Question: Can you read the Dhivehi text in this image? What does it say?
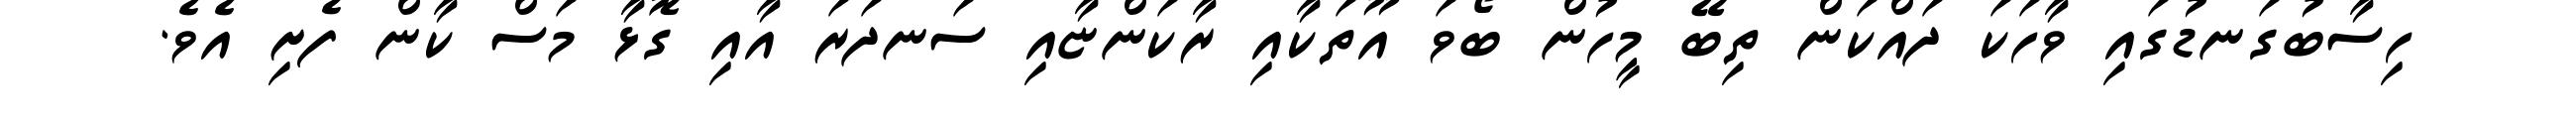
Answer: ހިސާބުގަނޑުގައި ވާހަކަ ދައްކަން ތިބޭ މީހުން ބޯވަ އޫތަކާއި ރާކަންޏާއި ސަނދަރަ އާއި ގޮޅާ މަސް ކާން ފެށި އެވެ.